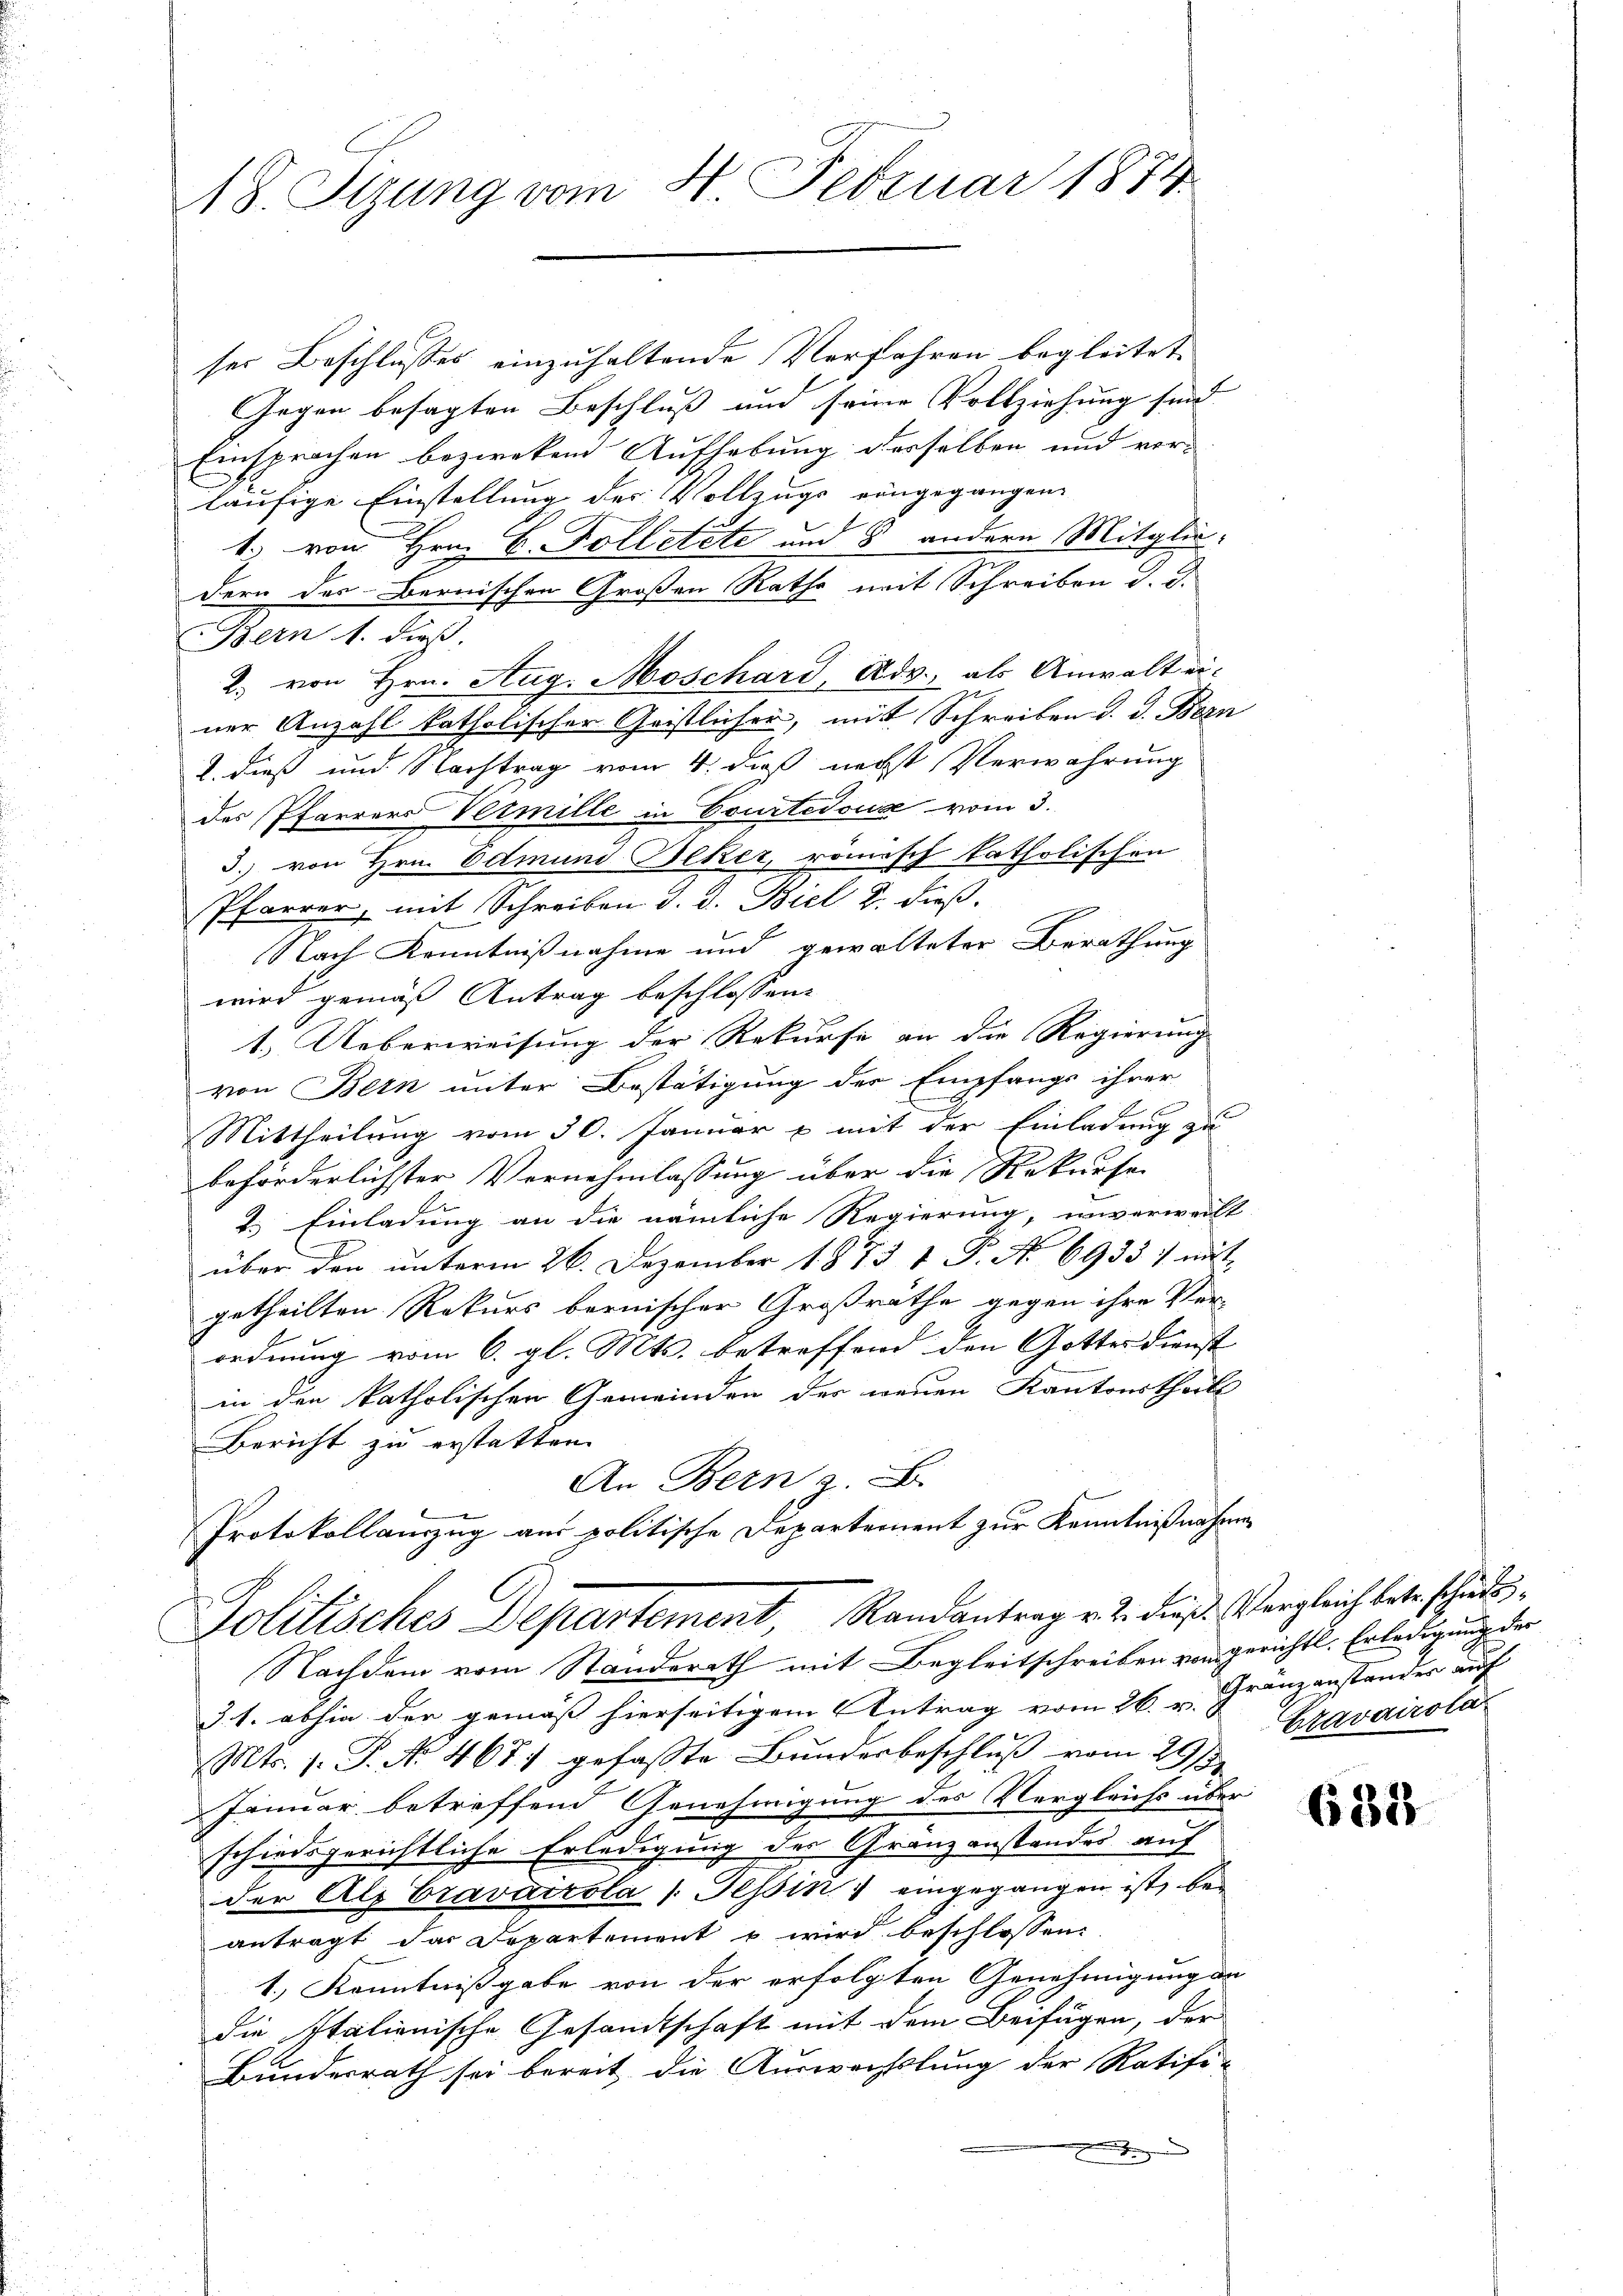
18. Sizung vom 4. Februar 1874.

ser Beschlusses einzuhaltende Verfahren begleitet
Gegen besagten Beschluß und seine Vollziehung sind
Einsprachen bezweken Aufhebung derselben und vor-
läufige Einstellung der Vollzugs eingegangen.
1. von Hrn. C. Folletete und 8 andern Mitglie-
dern des Bernischen Großen Rathe mit Schreiben d. d.
Bern 1. dieß.
2) von Hrn. Aug. Moschard, Adv., als Anwalt ei-
ner Anzahl katholischer Geistlicher, mit Schreiben d. d. Bern
2. dieß und Nachtrag vom 4. dieß necht Verwahrung
des Pfarrers Vermille in Courtedouce vom 3.
3.) von Hrn. Edmund Beker, römisch katholischen
Pfarrer, mit Schreiben d. d. Biel d. dieß
Nach Kenntnißnahme und gewalteter Berathung
wird gemäß Antrag beschlossen:
1.) Ueberweisung der Rekurse an die Regierung
von Bern unter Bestätigung der Empfangs ihrer
Mittheilung vom 30. Januar & mit der Einladung zu
beförderlichster Vernehmlassung über die Rekurse
2.) Einladung an die nämliche Regierung, unverweilt
über den unterm 26. Dezember 1873 1 P. No 6933) mit
getheilten Rekurs bernischer Großräthe gegen ihre Verordnung vom 6. gl. Mts. betreffend den Gottes Dienst
in den katholischen Gemeinden des neuen Kantonstheils
Bericht zu erstatten.
An Bern, z.
Protokollauszug aus politische Departement zur Kenntnißnahmen
A
Solitisches Departement, Randantrag v. 2. dieß. Vergleich betr schädi¬
Nachdem vom Standerath mit Begleitschreiben von gerichtl. Erledigung der
31. abhin der gemäß hierseitigem Antrag vom 26. u. Franzanstander auf
Mts. s. S. No. 467. gefaßte Bundesbeschluß vom 29st
Januar betreffend Genehmigung des Vergleichs über
schiedsgerichtliche Erledigung des Gränzanstandes auf
der Alp Cravaicola /: Tessin, & eingegangen ist, bei
antragt das Departement u wird beschlossen:
1.) Kenntnißgabe von der erfolgten Genehmigung an
die Italienische Gesandtschaft mit dem Beifügen, der
Bundesrath sei bereit, die Auswechslung der Ratifi-
J

Bravairola

635